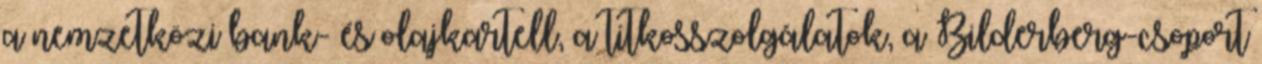
a nemzetközi bank- és olajkartell, a titkosszolgálatok, a Bilderberg-csoport